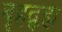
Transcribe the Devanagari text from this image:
बृहद्ब्रह्म